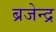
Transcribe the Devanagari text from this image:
ब्रजेन्‍द्र